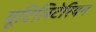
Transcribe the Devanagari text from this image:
यूटिलिटेरियन